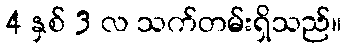
4 နှစ် 3 လ သက်တမ်းရှိသည်။